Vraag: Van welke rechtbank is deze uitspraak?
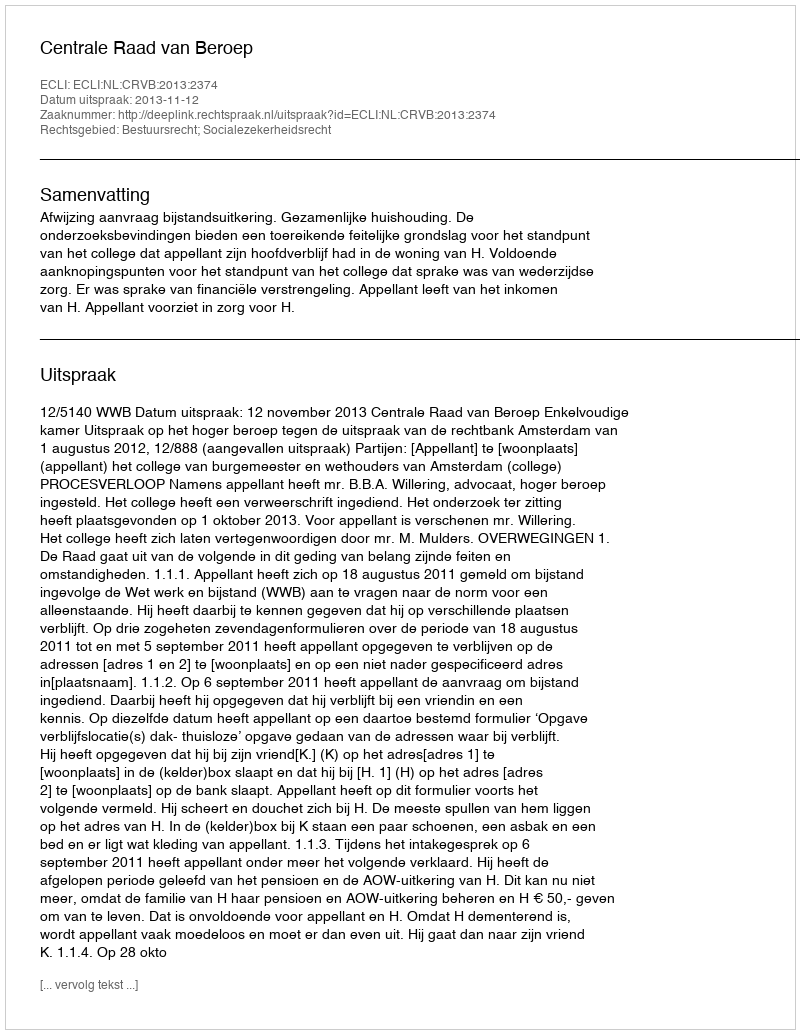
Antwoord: Centrale Raad van Beroep